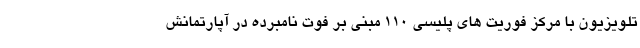
تلویزیون با مرکز فوریت های پلیسی 110 مبنی بر فوت نامبرده در آپارتمانش